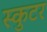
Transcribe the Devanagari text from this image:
स्कुटर